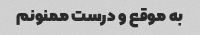
به موقع و درست ممنونم